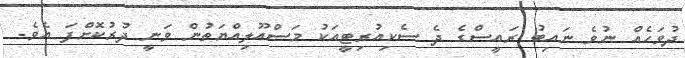
ދުވަހެއް ނުވެ ނައިބު ރައީސްގެ ދެ ސެކިއުރިޓީއަކު މަސްއޫލިއްޔަތުން ވަނީ ދުރުކޮށްފަ އެވެ.